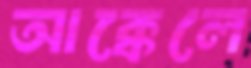
আক্কেলে